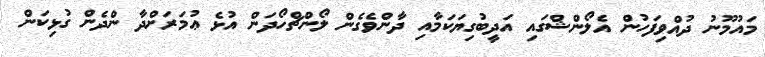
މައުމޫނު ދުއްވިފަހުން އެލޯންޝްގައި އަދީބުގިޔަކަމާއި ދާންވެގެން ލޯންޗްހޯދަން އުޅެ ޢުމަރަށްދާ ންދެން ގުޅިކަން